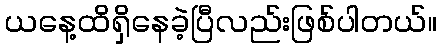
ယနေ့ထိရှိနေခဲ့ပြီလည်းဖြစ်ပါတယ်။